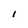
Character: l